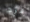
قزح